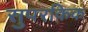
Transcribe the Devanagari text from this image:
सुपरकिक